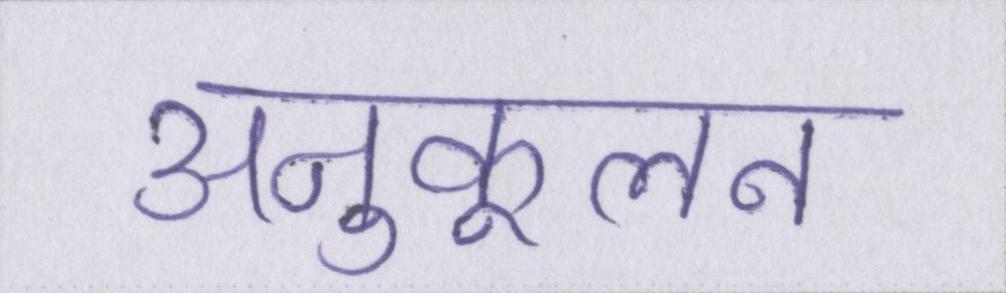
अनुकूलन